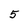
Character: 5